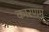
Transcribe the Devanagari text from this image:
कारणम्